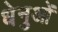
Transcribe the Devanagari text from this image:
धेनुओं